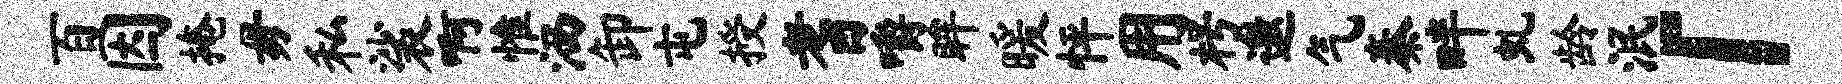
百因掩毋私裟啊惟洒卸屯授耆嚼眸暖怦用枵邀气秦畔虬龄泯「